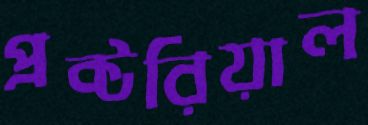
প্রক্টরিয়াল